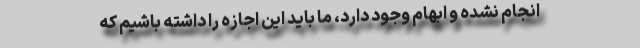
انجام نشده و ابهام وجود دارد، ما باید این اجازه را داشته باشیم که